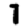
Digit: 7